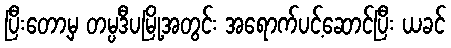
ပြီးတော့မှ တမ္ပဒီပမြို့အတွင်း အရောက်ပင့်ဆောင်ပြီး ယခင်